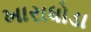
ખારાધોડા